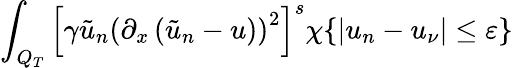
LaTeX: \int_{Q_{T}}\left[\gamma\tilde{u}_{n}\left(\partial_{x}\left(\tilde{u}_{n}-u\right)\right)^{2}\right]^{s}\chi\{ |u_{n}-u_{\nu}|\leq\varepsilon\}